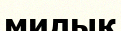
милық